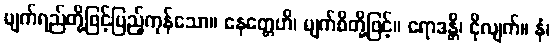
မျက်ရည်တို့ဖြင့်ပြည့်ကုန်သော။ နေတ္တေဟိ၊ မျက်စိတို့ဖြင့်။ ရောဒန္တိ၊ ငိုလျက်။ နံ၊